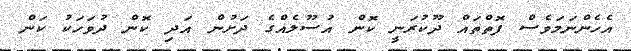
އެހެންނަމަވެސް ފޮތްތައް ދޫކުރަނީ ކޮން އުސޫލެއްގެ ދަށުން އަދި ކޮން ދުވަހަކު ކަން